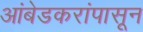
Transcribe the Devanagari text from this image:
आंबेडकरांपासून